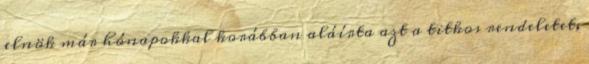
elnök már hónapokkal korábban aláírta azt a titkos rendeletet,